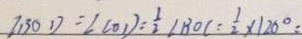
\angle B O D = \angle C O D = \frac { 1 } { 2 } \angle B O C = \frac { 1 } { 2 } \times 1 2 0 ^ { \circ } =